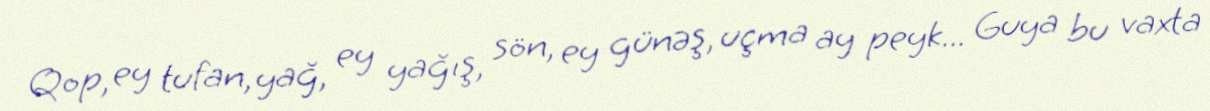
Qop, ey tufan, yağ, ey yağış, sön, ey günəş, uçma ay peyk... Guya bu vaxta